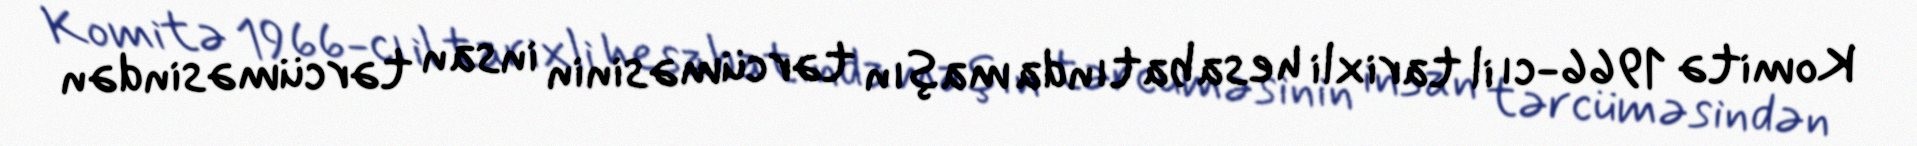
Komitə 1966-cı il tarixli hesabatında maşın tərcüməsinin insan tərcüməsindən